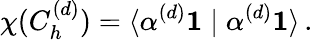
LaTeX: \chi(C_{h}^{(d)})=\langle\alpha^{(d)}\mathbf{1}\mid\alpha^{(d)}\mathbf{1}\rangle\, .